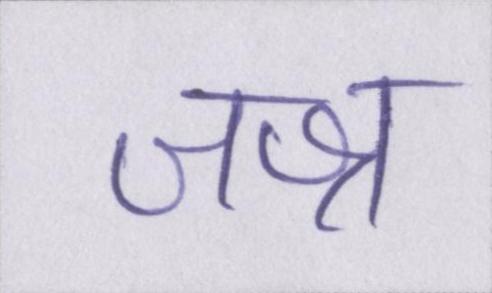
जश्न